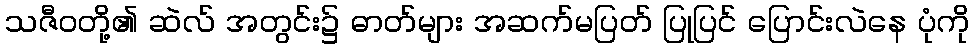
သဇီဝတို့၏ ဆဲလ် အတွင်း၌ ဓာတ်များ အဆက်မပြတ် ပြုပြင် ပြောင်းလဲနေ ပုံကို